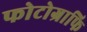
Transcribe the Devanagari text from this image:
फोटोग्राफि